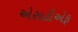
એસટીએફ